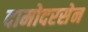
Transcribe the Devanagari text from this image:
दामोदरसेन